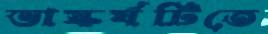
ভাস্কর্যটিতে